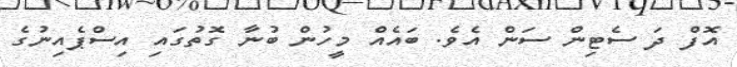
އޮފް ދަ ސެޓިން ސަން އެވެ. ބައެއް މީހުން ބުނާ ގޮތުގައި އިސްޕެއިނުގެ